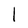
Character: l